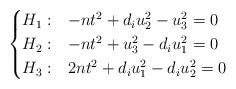
LaTeX: \begin{align*}\begin{cases}H_1:& -nt^2+d_iu_2^2-u_3^2=0\\H_2:& -nt^2+u_3^2-d_iu_1^2=0\\H_3:& 2nt^2+d_iu_1^2-d_iu_2^2=0\end{cases}\end{align*}